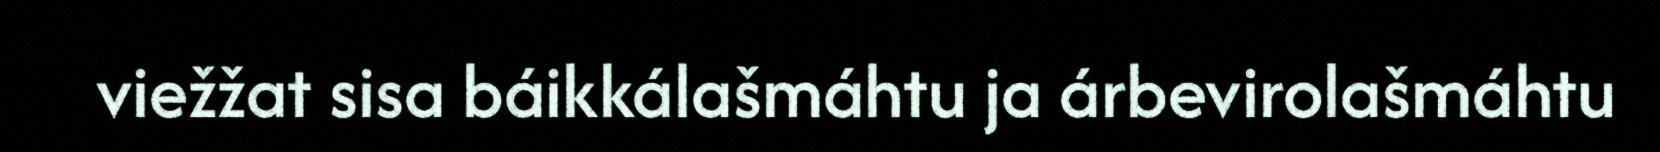
viežžat sisa báikkálašmáhtu ja árbevirolašmáhtu